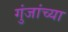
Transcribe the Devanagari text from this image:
गुंजांच्या